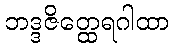
ဘဒ္ဒဇိတ္ထေရဂါထာ